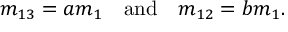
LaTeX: m _ { 1 3 } = a m _ { 1 } \quad \mathrm { a n d } \quad m _ { 1 2 } = b m _ { 1 } .